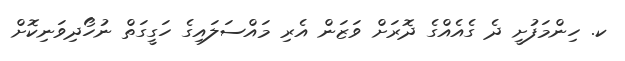
ކ. ހިންމަފުށީ ދެ ގެއެއްގެ ދޮރަށް ވަޒަން އެރި މައްސަލައިގެ ހަގީގަތް ނުހޯދިވަނިކޮށް